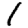
Digit: 1